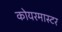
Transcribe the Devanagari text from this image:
कोयरमास्टर